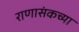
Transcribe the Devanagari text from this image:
राणासंकच्या